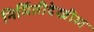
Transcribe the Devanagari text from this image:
निर्मितीदेखील